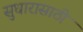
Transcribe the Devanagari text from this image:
सुधारासाठी